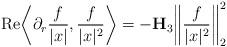
LaTeX: \begin{align*}\mathrm{Re} \bigg\langle \partial_r \frac{f}{|x|}, \frac{f}{|x|^2} \bigg\rangle = - \mathbf{H}_{3} \bigg\| \frac{f}{|x|^2} \bigg\|_{2}^2\end{align*}